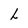
Character: h